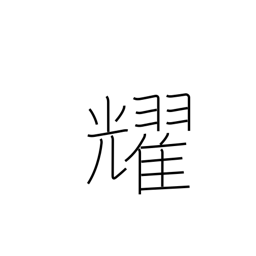
Meaning: sparkle